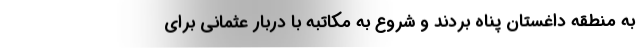
به منطقه داغستان پناه بردند و شروع به مکاتبه با دربار عثمانی برای